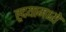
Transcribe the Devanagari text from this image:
ह्र्दयामध्ये